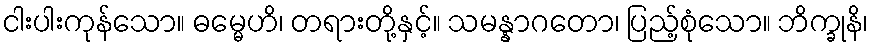
ငါးပါးကုန်သော။ ဓမ္မေဟိ၊ တရားတို့နှင့်။ သမန္နာဂတော၊ ပြည့်စုံသော။ ဘိက္ခုနိ၊